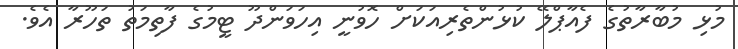
މުޅި މުބާރާތުގެ ފެއާޕްލޭ ކުޅުންތެރިއަކަށް ހޮވުނީ އިހަވަންދޫ ޓީމުގެ ފާތިމަތު ތަހޫރާ އެވެ.